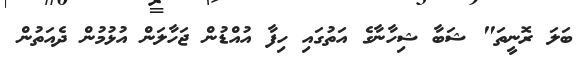
ބަލަ ރޮނީތަ" ޝަބާ ޝިހާނާގެ އަތުގައި ހިފާ އުއްޑުން ޖަހާލަން އުޅުމުން ދެއަތުން